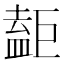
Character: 𥂇